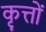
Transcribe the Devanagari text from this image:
कृत्तों